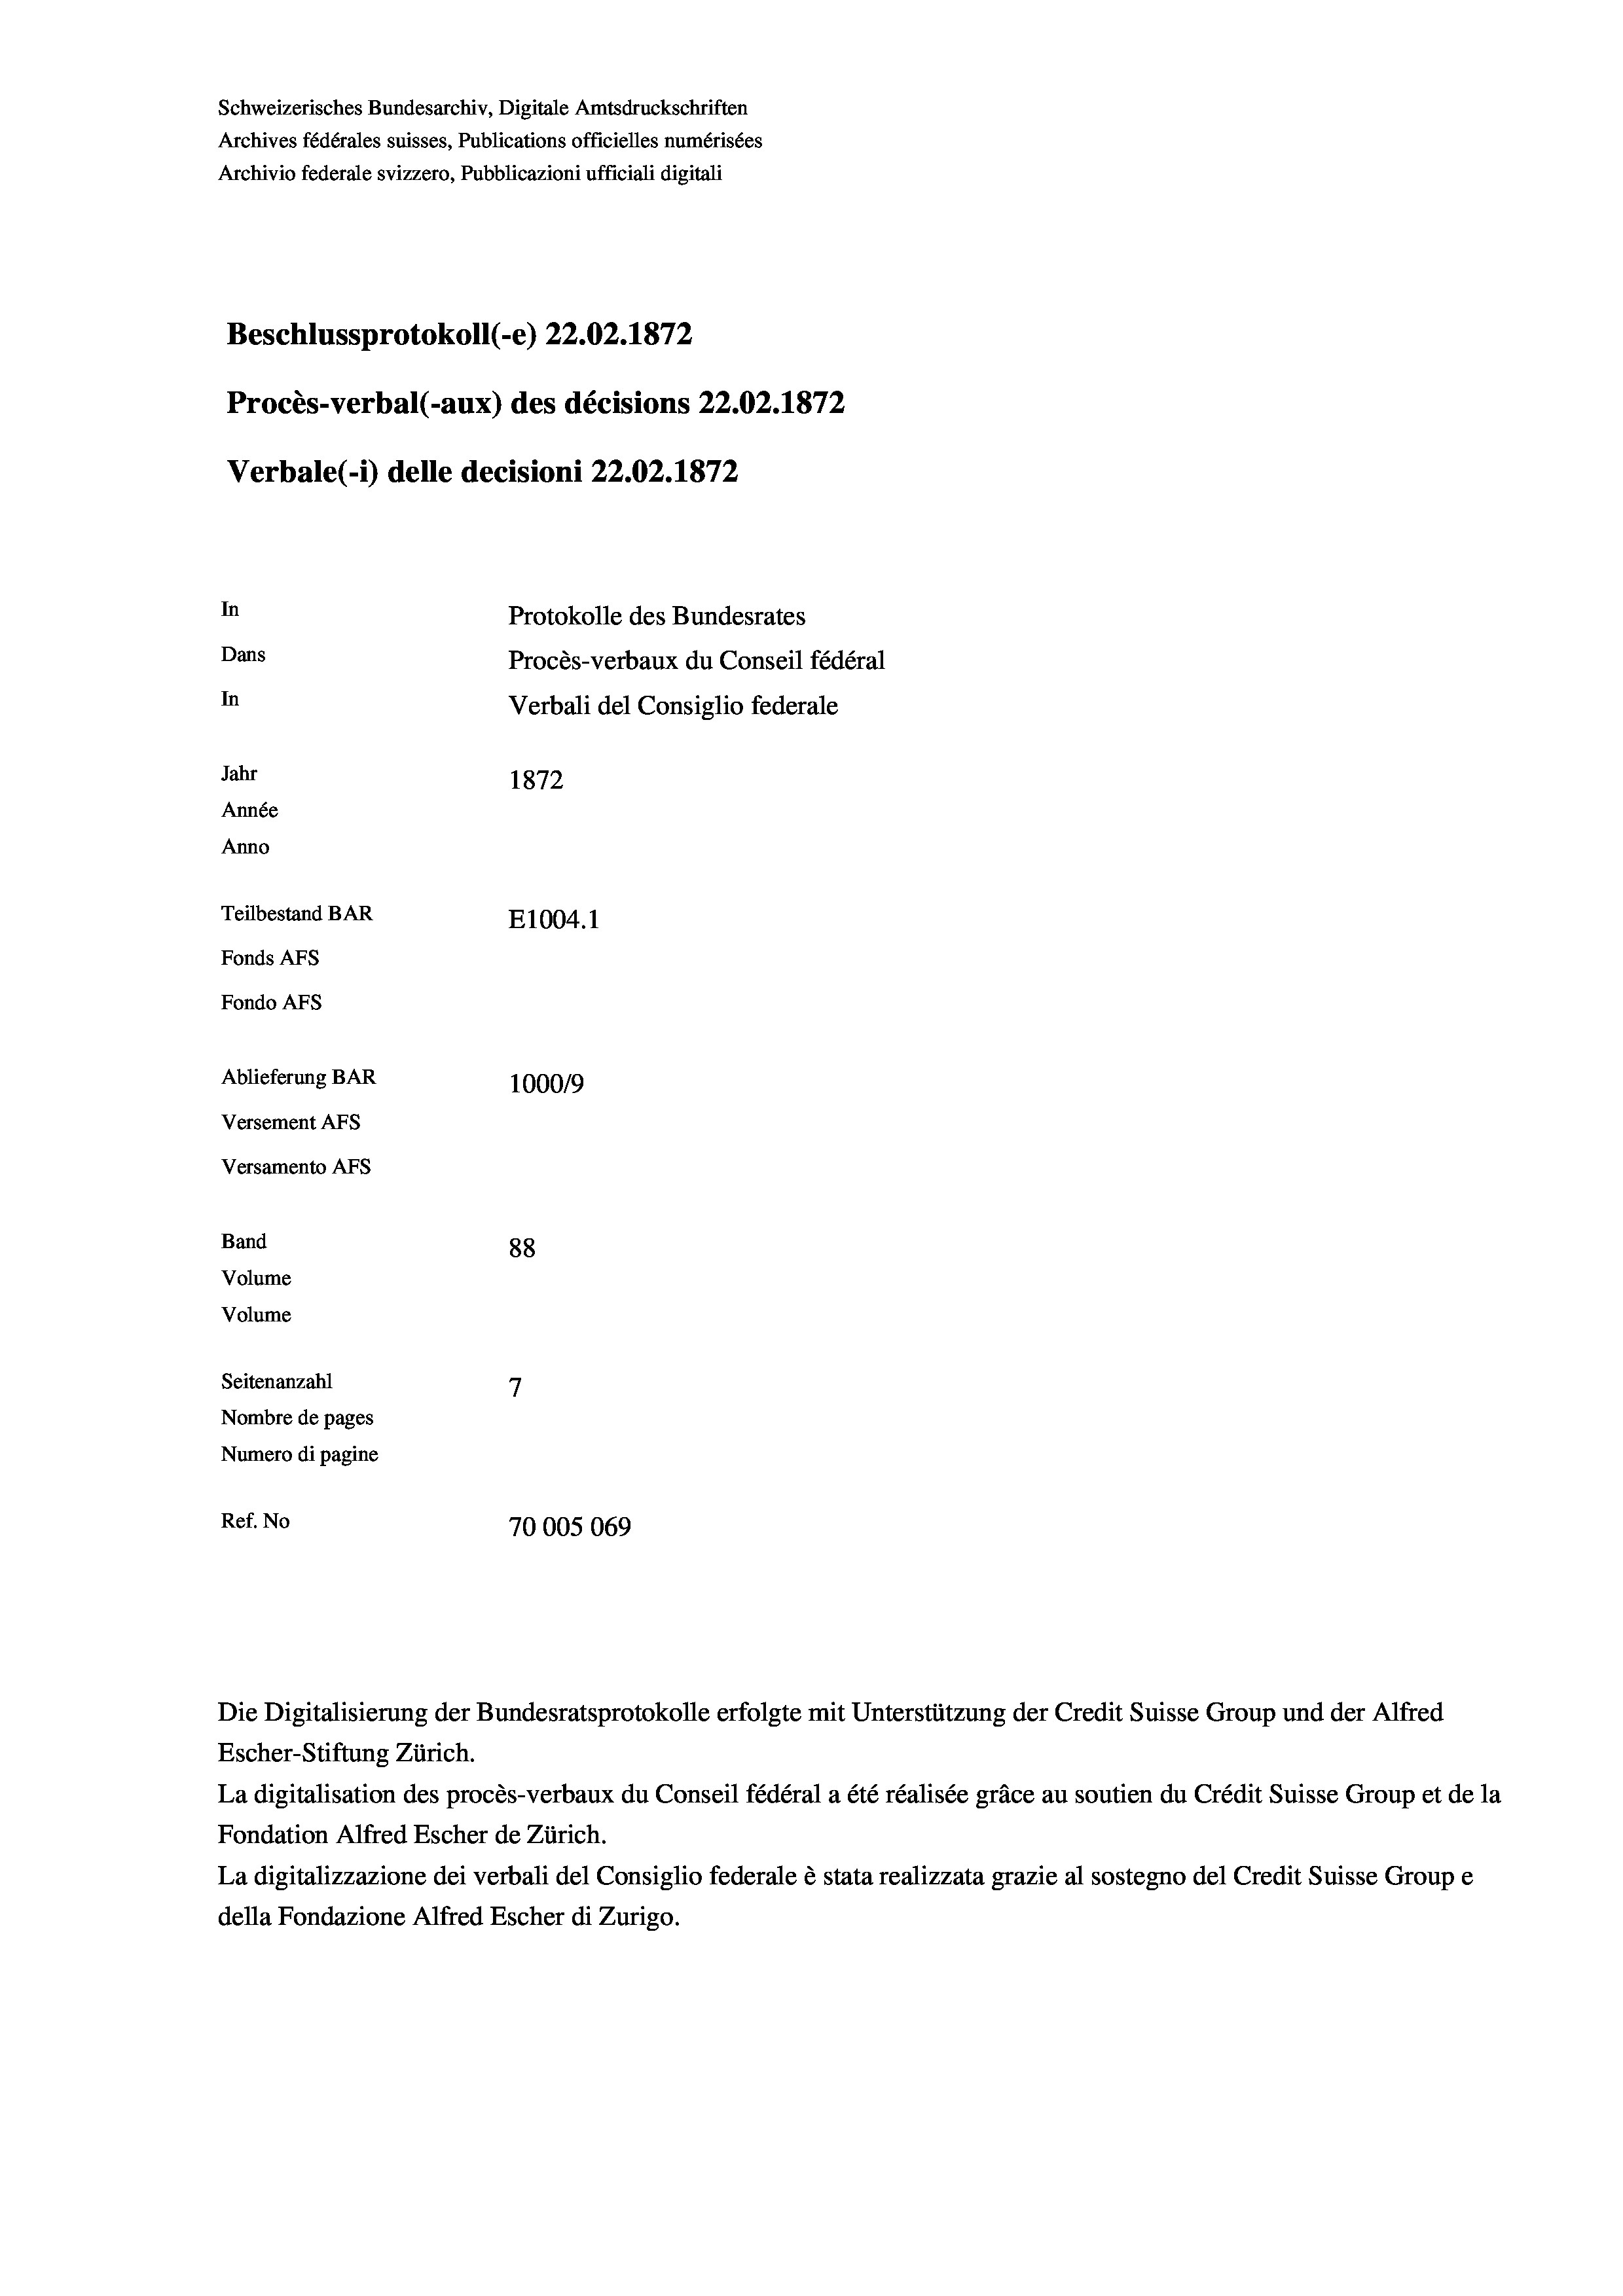
Schweizerisches Bundesarchiv, Digitale Amtsdruckschriften
Archives fédérales suisses, Publications officielles numérisées
Archivio federale svizzero, Pubblicazioni ufficiali digitali
Beschlussprotokoll (-e) 22.02. 1872
Procès-verbal (-aux) des décisions 22.02.1872
Verbale (1) delle decisioni 22.02. 1872
In
Protokolle des Bundesrates
Dans
Procès-verbaux du Conseil fédéral
In
Verbali del Consiglio federale
Jahr
1872
Année
Anno
Teilbestand BAR
E1004.1
Fonds AFs
Fondo AFs
Ablieferung BAR
100019
Versement AFS
Versamento AFs
Band
88
Volume
Volume

7
Seitenanzahl
Nombre de pages
Numero di pagine
Ref. No
70005069

Die Digitalisierung der Bundesratsprotokolle erfolgte mit Unterstützung der Credit Suisse Group und der Alfred
Escher-Stiftung Zürich.
La digitalisation des procès-verbaux du Conseil fédéral a été réalisée gräce au soutien du Crédit Suisse Group et de la
Fondation Alfred Escher de Zürich.
La digitalizzazione dei verbali del Consiglio federale è stata realizzata grazie al sostegno del Credit Suisse Groupe
della Fondazione Alfred Escher di Zurigo.